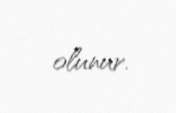
olunur.